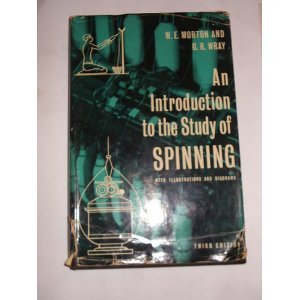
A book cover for Introduction to Study of Spinning; William Ernest Morton; Crafts, Hobbies & Home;